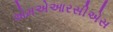
એમએઆરસીએસ